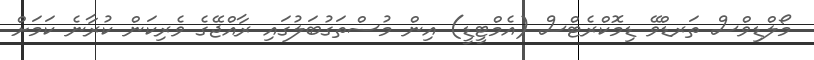
މޯލްޑިވްސް ތަރޑްވޭ ޑިމޮކްރެޓްސް (އެމްޓީޑީ) އިން މުސްތަގުބަލުގައި ރާއްޖޭގެ ވެރިކަން ކުރާނެ ކަމަށް